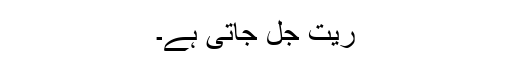
ریت جل جاتی ہے۔